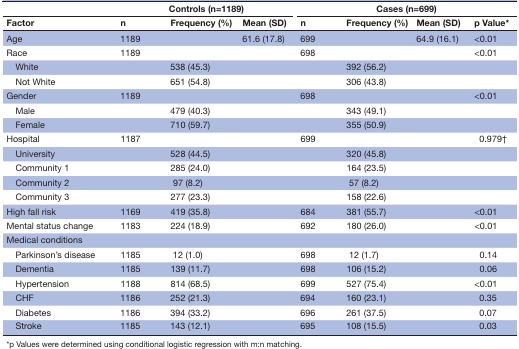
<table><thead><tr><td></td><td colspan="3"><b>Controls (n=1189)</b></td><td colspan="4"><b>Cases (n=699)</b></td></tr><tr><td><b>Factor</b></td><td><b>n</b></td><td><b>Frequency (%)</b></td><td><b>Mean (SD)</b></td><td><b>n</b></td><td><b>Frequency (%)</b></td><td><b>Mean (SD)</b></td><td><b>p Value*</b></td></tr></thead><tbody><tr><td>Age</td><td>1189</td><td></td><td>61.6 (17.8)</td><td>699</td><td></td><td>64.9 (16.1)</td><td>&lt;0.01</td></tr><tr><td>Race</td><td>1189</td><td></td><td></td><td>698</td><td></td><td></td><td>&lt;0.01</td></tr><tr><td> White</td><td></td><td>538 (45.3)</td><td></td><td></td><td>392 (56.2)</td><td></td><td></td></tr><tr><td> Not White</td><td></td><td>651 (54.8)</td><td></td><td></td><td>306 (43.8)</td><td></td><td></td></tr><tr><td>Gender</td><td>1189</td><td></td><td></td><td>698</td><td></td><td></td><td>&lt;0.01</td></tr><tr><td> Male</td><td></td><td>479 (40.3)</td><td></td><td></td><td>343 (49.1)</td><td></td><td></td></tr><tr><td> Female</td><td></td><td>710 (59.7)</td><td></td><td></td><td>355 (50.9)</td><td></td><td></td></tr><tr><td>Hospital</td><td>1187</td><td></td><td></td><td>699</td><td></td><td></td><td>0.979†</td></tr><tr><td> University</td><td></td><td>528 (44.5)</td><td></td><td></td><td>320 (45.8)</td><td></td><td></td></tr><tr><td> Community 1</td><td></td><td>285 (24.0)</td><td></td><td></td><td>164 (23.5)</td><td></td><td></td></tr><tr><td> Community 2</td><td></td><td>97 (8.2)</td><td></td><td></td><td>57 (8.2)</td><td></td><td></td></tr><tr><td> Community 3</td><td></td><td>277 (23.3)</td><td></td><td></td><td>158 (22.6)</td><td></td><td></td></tr><tr><td>High fall risk</td><td>1169</td><td>419 (35.8)</td><td></td><td>684</td><td>381 (55.7)</td><td></td><td>&lt;0.01</td></tr><tr><td>Mental status change</td><td>1183</td><td>224 (18.9)</td><td></td><td>692</td><td>180 (26.0)</td><td></td><td>&lt;0.01</td></tr><tr><td>Medical conditions</td><td></td><td></td><td></td><td></td><td></td><td></td><td></td></tr><tr><td> Parkinson’s disease</td><td>1185</td><td>12 (1.0)</td><td></td><td>698</td><td>12 (1.7)</td><td></td><td>0.14</td></tr><tr><td> Dementia</td><td>1185</td><td>139 (11.7)</td><td></td><td>698</td><td>106 (15.2)</td><td></td><td>0.06</td></tr><tr><td> Hypertension</td><td>1188</td><td>814 (68.5)</td><td></td><td>699</td><td>527 (75.4)</td><td></td><td>&lt;0.01</td></tr><tr><td> CHF</td><td>1186</td><td>252 (21.3)</td><td></td><td>694</td><td>160 (23.1)</td><td></td><td>0.35</td></tr><tr><td> Diabetes</td><td>1186</td><td>394 (33.2)</td><td></td><td>696</td><td>261 (37.5)</td><td></td><td>0.07</td></tr><tr><td> Stroke</td><td>1185</td><td>143 (12.1)</td><td></td><td>695</td><td>108 (15.5)</td><td></td><td>0.03</td></tr></tbody></table>